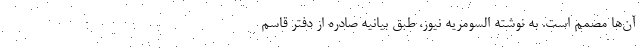
آن‌ها مصمم است. به نوشته السومریه نیوز، طبق بیانیه صادره از دفتر قاسم